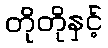
တိုတိုနှင့်